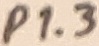
Text: P1.3